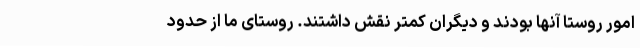
امور روستا آنها بودند و دیگران کمتر نقش داشتند. روستای ما از حدود